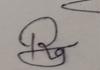
Signature authenticity: genuine